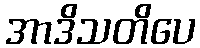
အာဒိသတိပေ